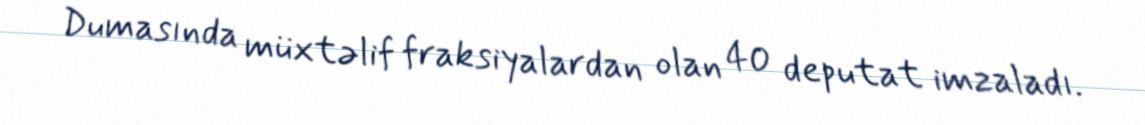
Dumasında müxtəlif fraksiyalardan olan 40 deputat imzaladı.